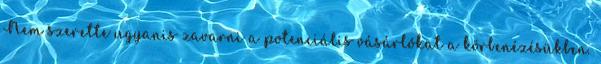
Nem szerette ugyanis zavarni a potenciális vásárlókat a körbenézésükben.